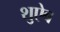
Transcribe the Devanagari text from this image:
शुऐब